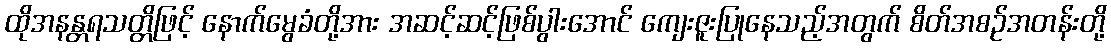
ထိုအနန္တရသတ္တိဖြင့် နောက်မွေခံတို့အား အဆင့်ဆင့်ဖြစ်ပွါးအောင် ကျေးဇူးပြုနေသည့်အတွက် စိတ်အစဉ်အတန်းတို့